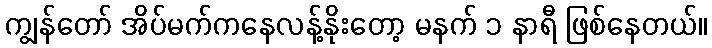
ကျွန်တော် အိပ်မက်ကနေလန့်နိုးတော့ မနက် ၁ နာရီ ဖြစ်နေတယ်။